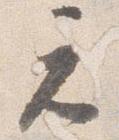
元